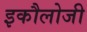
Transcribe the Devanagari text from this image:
इकौलोजी